King Institute of Preventive Medicine Micro-Biological Section reports 1909-11
Year: 1909
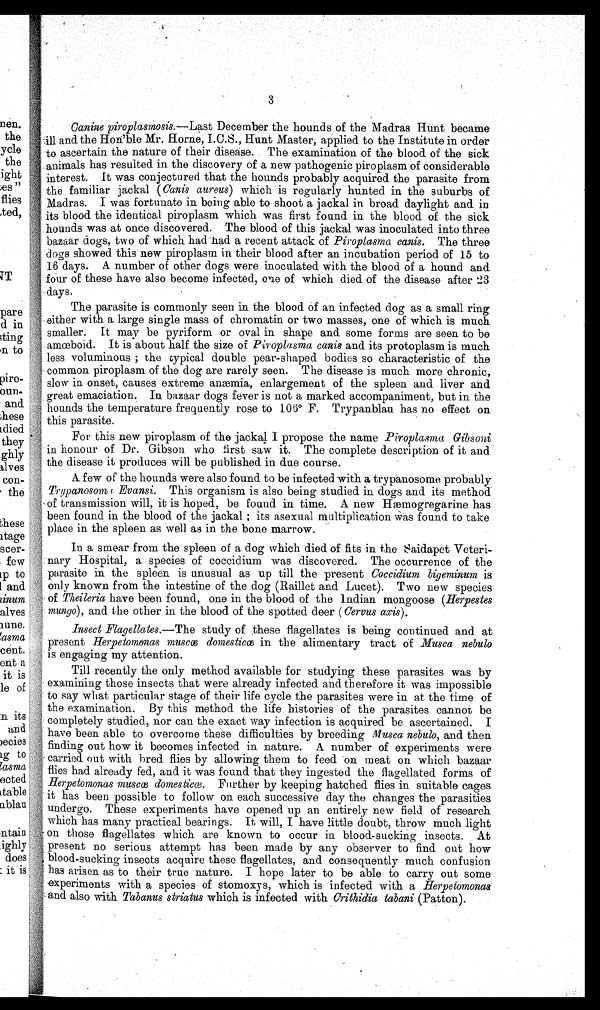
3
Canine piroplasmosis.—Last December the hounds of the Madras Hunt became
[illegible]ill and the Hon'ble Mr. Horne, C.C.S., Hunt Master, applied to the Institute in order
to ascertain the nature of their disease. The examination of the blood of the sick
animals has resulted in the discovery of a new pathogenic piroplasm of considerable
' interest. It was conjectured that the hounds probably acquired the parasite from
the familiar jackal (Canis aureus) which is regularly hunted in the suburbs of
, . 1
Madras. I was fortunate in being able to shoot a jackal in broad daylight and in
its blood the identical piroplasm which was first found in the blood of the sick
hounds was at once discovered. The blood of this jackal was inoculated into three
bazaar dogs, two of which had had a recent attack of Piroplasma canis. The three
dogs showed this new piroplasm in their blood after an incubation period of 15 to
16 days. A number of other dogs were inoculated with the blood of a hound and
four of these have also become infected, one of which died of the disease after 23
;. -days.
The parasite is commonly seen in the blood of an infected dog as a small ring
either with a large single mass of chromatin or two masses, one of which is much
smaller. It may be pyriform or oval in shape and some forms are seen to be
amæboid. It is about half the size of P iroplasma canis and its protoplasm is much
less voluminous ; the typical double pear-shaped bodies so characteristic of the
. common piroplasm of the dog are rarely seen. The disease is much more chronic,
:- slow in onset, causes extreme anæmia, enlargement of the spleen and liver and
great emaciation. In bazaar dogs fever is not a marked accompaniment, but in the
hounds the temperature frequently rose to 106° F. Trypanblau has no effect on
this parasite.
For this new piroplasm of the jackal I propose the name Piroplasma Gibsoni
in honour of Dr. Gibson who first saw it. The complete description of it and
, the disease it produces will be published in due course.
A few of the hounds were also found to be infected with a trypanosome probably
;I : Tr ypanosom I Evansi. This organism is also being studied in dogs and its method
e• transmission will, it is hoped, be found in time. A new Hæmogregarine has
been found in the blood of the jackal ; its asexual multiplication was found to take
place in the spleen as well as in the bone marrow.
In a smear from the spleen of a dog which died of fits in the Saidapet veteri-
nary Hospital, a species of coccidium was discovered. The occurrence of the
parasite in the spleen is unusual as up till the present Coccidium bigeminum is
only known from the intestine of the dog (Raillet and Lucet). Two new species
:,, . of Theileria have been found, one in the blood of the Indian mongoose (Herpestes
mungo), and the other in the blood of the spotted deer ( Cervus axis).
Insect Flagellates.—The study of these flagellates is being continued and at
1
4 present Herpetomonas muscd domesticæ in the alimentary tract of Musca nebulo
! - is engaging ray attention.
Till recently the only method available for studying these parasites was by
examining those insects that were already infected and therefore it was impossible
to say what particular stage of their life cycle the parasites were in at the time of
the examination. By this method the life histories of the parasites cannot be
completely studied, nor can the exact way infection is acquired be ascertained. I
have been able to overcome these difficulties by breeding Musca nebulo, and then
'1 finding out how it becomes infected in nature. A number of experiments were
carried out with bred flies by allowing them to feed on meat on which bazaar
5, flies had already fed, and it was found that they ingested the flagellated forms of
r
.; Herpetomonas muscæ domesticæ. Further by keeping hatched flies in suitable cages
it has been possible to follow on each successive day the changes the parasities
, undergo. These experiments have opened up an entirely new field of research.
tH
!, ,. which has many practical bearings. It will, I have little doubt, throw much light
: on those flagellates which are known to occur in blood-sucking insects. At
,,,
'• present no serious attempt has been made by any observer to find out how
blood-sucking insects acquire these flagellates, and consequently much confusion
has has arisen as to their true nature. I hope later to be able to carry out some
r•experiments with a species of stomoxys, which is infected with a Herpetomonas
and also with Tabanus striatus which is infected with Crithidia tabani (Patton).
,-‘
,-.;